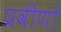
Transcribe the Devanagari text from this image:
प्रवीणों